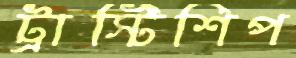
ট্রাস্টিশিপ